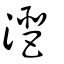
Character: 潖